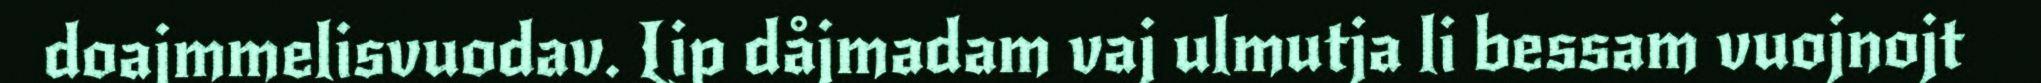
doajmmelisvuodav. Lip dåjmadam vaj ulmutja li bessam vuojnojt